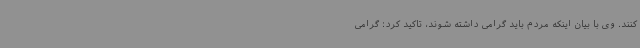
کنند. وی با بیان اینکه مردم باید گرامی داشته شوند، تاکید کرد: گرامی